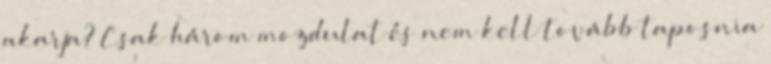
akarja? Csak három mozdulat és nem kell tovább taposnia